Plague in India, 1896, 1897 - Volume 2
Year: 1896
Disease focus: Plague
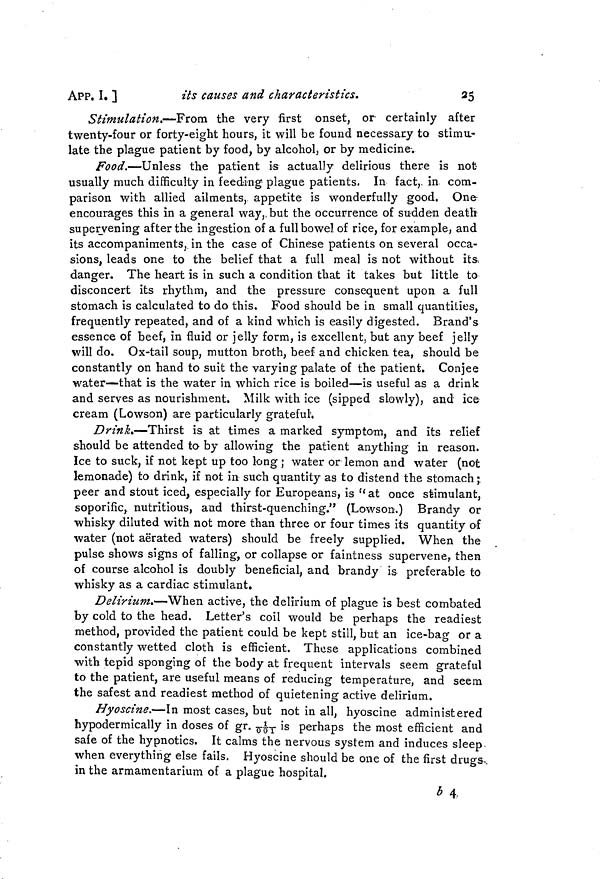
APP. I. ]
its causes and characteristics.
25
Stimulation.—-From the very first onset, or certainly after
twenty-four or forty-eight hours, it will be found necessary to stimu-
late the plague patient by food, by alcohol, or by medicine.
Food,—Unless the patient is actually delirious there is not-
usually much difficulty in feeding plague patients. In fact,, in com-
parison with allied ailments, appetite is wonderfully good. One
encourages this in a general way,, but the occurrence of sudden death
supervening after the ingestion of a full bowel of rice, for example, and
its accompaniments, in the case of Chinese patients on several occa-
sions, leads one to the belief that a full meal is not without its,
danger. The heart is in such a condition that it takes but little to
disconcert its rhythm, and the pressure consequent upon a full
stomach is calculated to do this. Food should be in small quantities,
frequently repeated, and of a kind which is easily digested. Brand's
essence of beef, in fluid or jelly form, is excellent,, but any beef jelly
will do. Ox-tail soup, mutton broth, beef and chicken tea, should be
constantly on hand to suit the varying palate of the patient. Conjee
water—that is the water in which rice is boiled—is useful as a drink
and serves as nourishment. Milk with ice (sipped slowly), and ice
cream (Lowson) are particularly grateful 1 .
Drink»—Thirst is at times a marked symptom, and its relief
should be attended to by allowing the patient anything in reason.
Ice to suck, if not kept up too long ; water or lemon and water (not
lemonade) to drink, if not in such quantity as to distend the stomach j.
peer and stout iced, especially for Europeans, is " at once stimulant,
soporific,, nutritious, and thirst-quenching." (Lowson.) Brandy or
whisky diluted with not more than three or four times its quantity of
water (not aërated waters) should be freely supplied. When the
pulse shows signs of falling, or collapse or faintness supervene, then
of course alcohol is doubly beneficial, and brandy is preferable to
whisky as a cardiac stimulant.
Delirium.—When active, the delirium of plague is best combated
by cold to the head. Letter's coil would be perhaps the readiest
method, provided the patient could be kept still, but an ice-bag or a
constantly wetted cloth is efficient. These applications combined
with tepid sponging of the body at frequent intervals seem grateful
to the patient, are useful means of reducing temperature, and seem
the safest and readiest method of quietening active delirium.
Hyoscine.—In most cases, but not in all, hyoscine administered
hypodermically in doses of gr. 1/001 is perhaps the most efficient and
safe of the hypnotics. It calms the nervous system and induces sleep,
when everything else fails. Hyoscine should be one of the first drugs,
in the armamentarium of a plague hospital.
b 4-